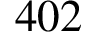
4 0 2